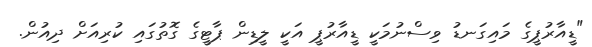
"ޑީއާރުޕީގެ މައިގަނޑު ވިސްނުމަކީ ޑީއާރުޕީ އަކީ ލީޑިން ޕާޓީގެ ގޮތުގައި ކުރިއަށް ދިއުން.